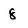
Character: 8